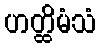
ဟတ္ထိမံသံ